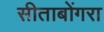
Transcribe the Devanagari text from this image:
सीताबोंगरा